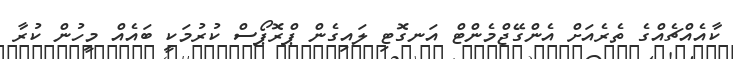
ކާއެއްޗެއްގެ ތެރެއަށް އެންގޭޖްމެންޓް އަނގޮޓި ލައިގެން ޕްރޮޕޯސް ކުރުމަކީ ބައެއް މީހުން ކުރާ